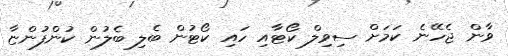
ވާން ޖެހޭނެ ކަމަށް ސިވިލް ކޯޓާއި ހައި ކޯޓުން ބެލި ބެލުން ކުންފުންޏާ